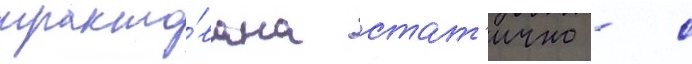
тракто́вана стат'ично - с